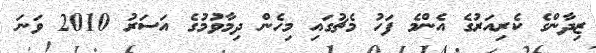
ޒިދާންގެ ކެރިއަރުގެ އެންމެ ފަހު މެޗުގައި މިހެން ދިމާވުމުގެ އަސަރު 2010 ވަނަ